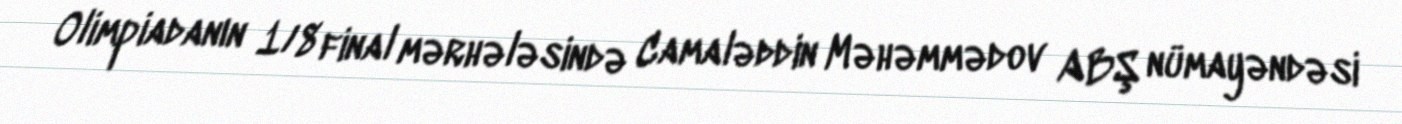
Olimpiadanın 1/8 final mərhələsində Camaləddin Məhəmmədov ABŞ nümayəndəsi